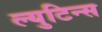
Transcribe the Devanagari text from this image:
ल्युटिन्स